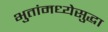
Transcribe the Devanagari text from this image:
भुतांमध्येसुद्धा